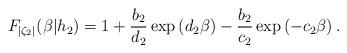
LaTeX: \begin{align*}F_{|\zeta_2|}(\beta|h_2)=1+\frac{b_2}{d_2} \exp\left(d_2 \beta\right)- \frac{b_2}{c_2} \exp\left(-c_2 \beta\right).\end{align*}